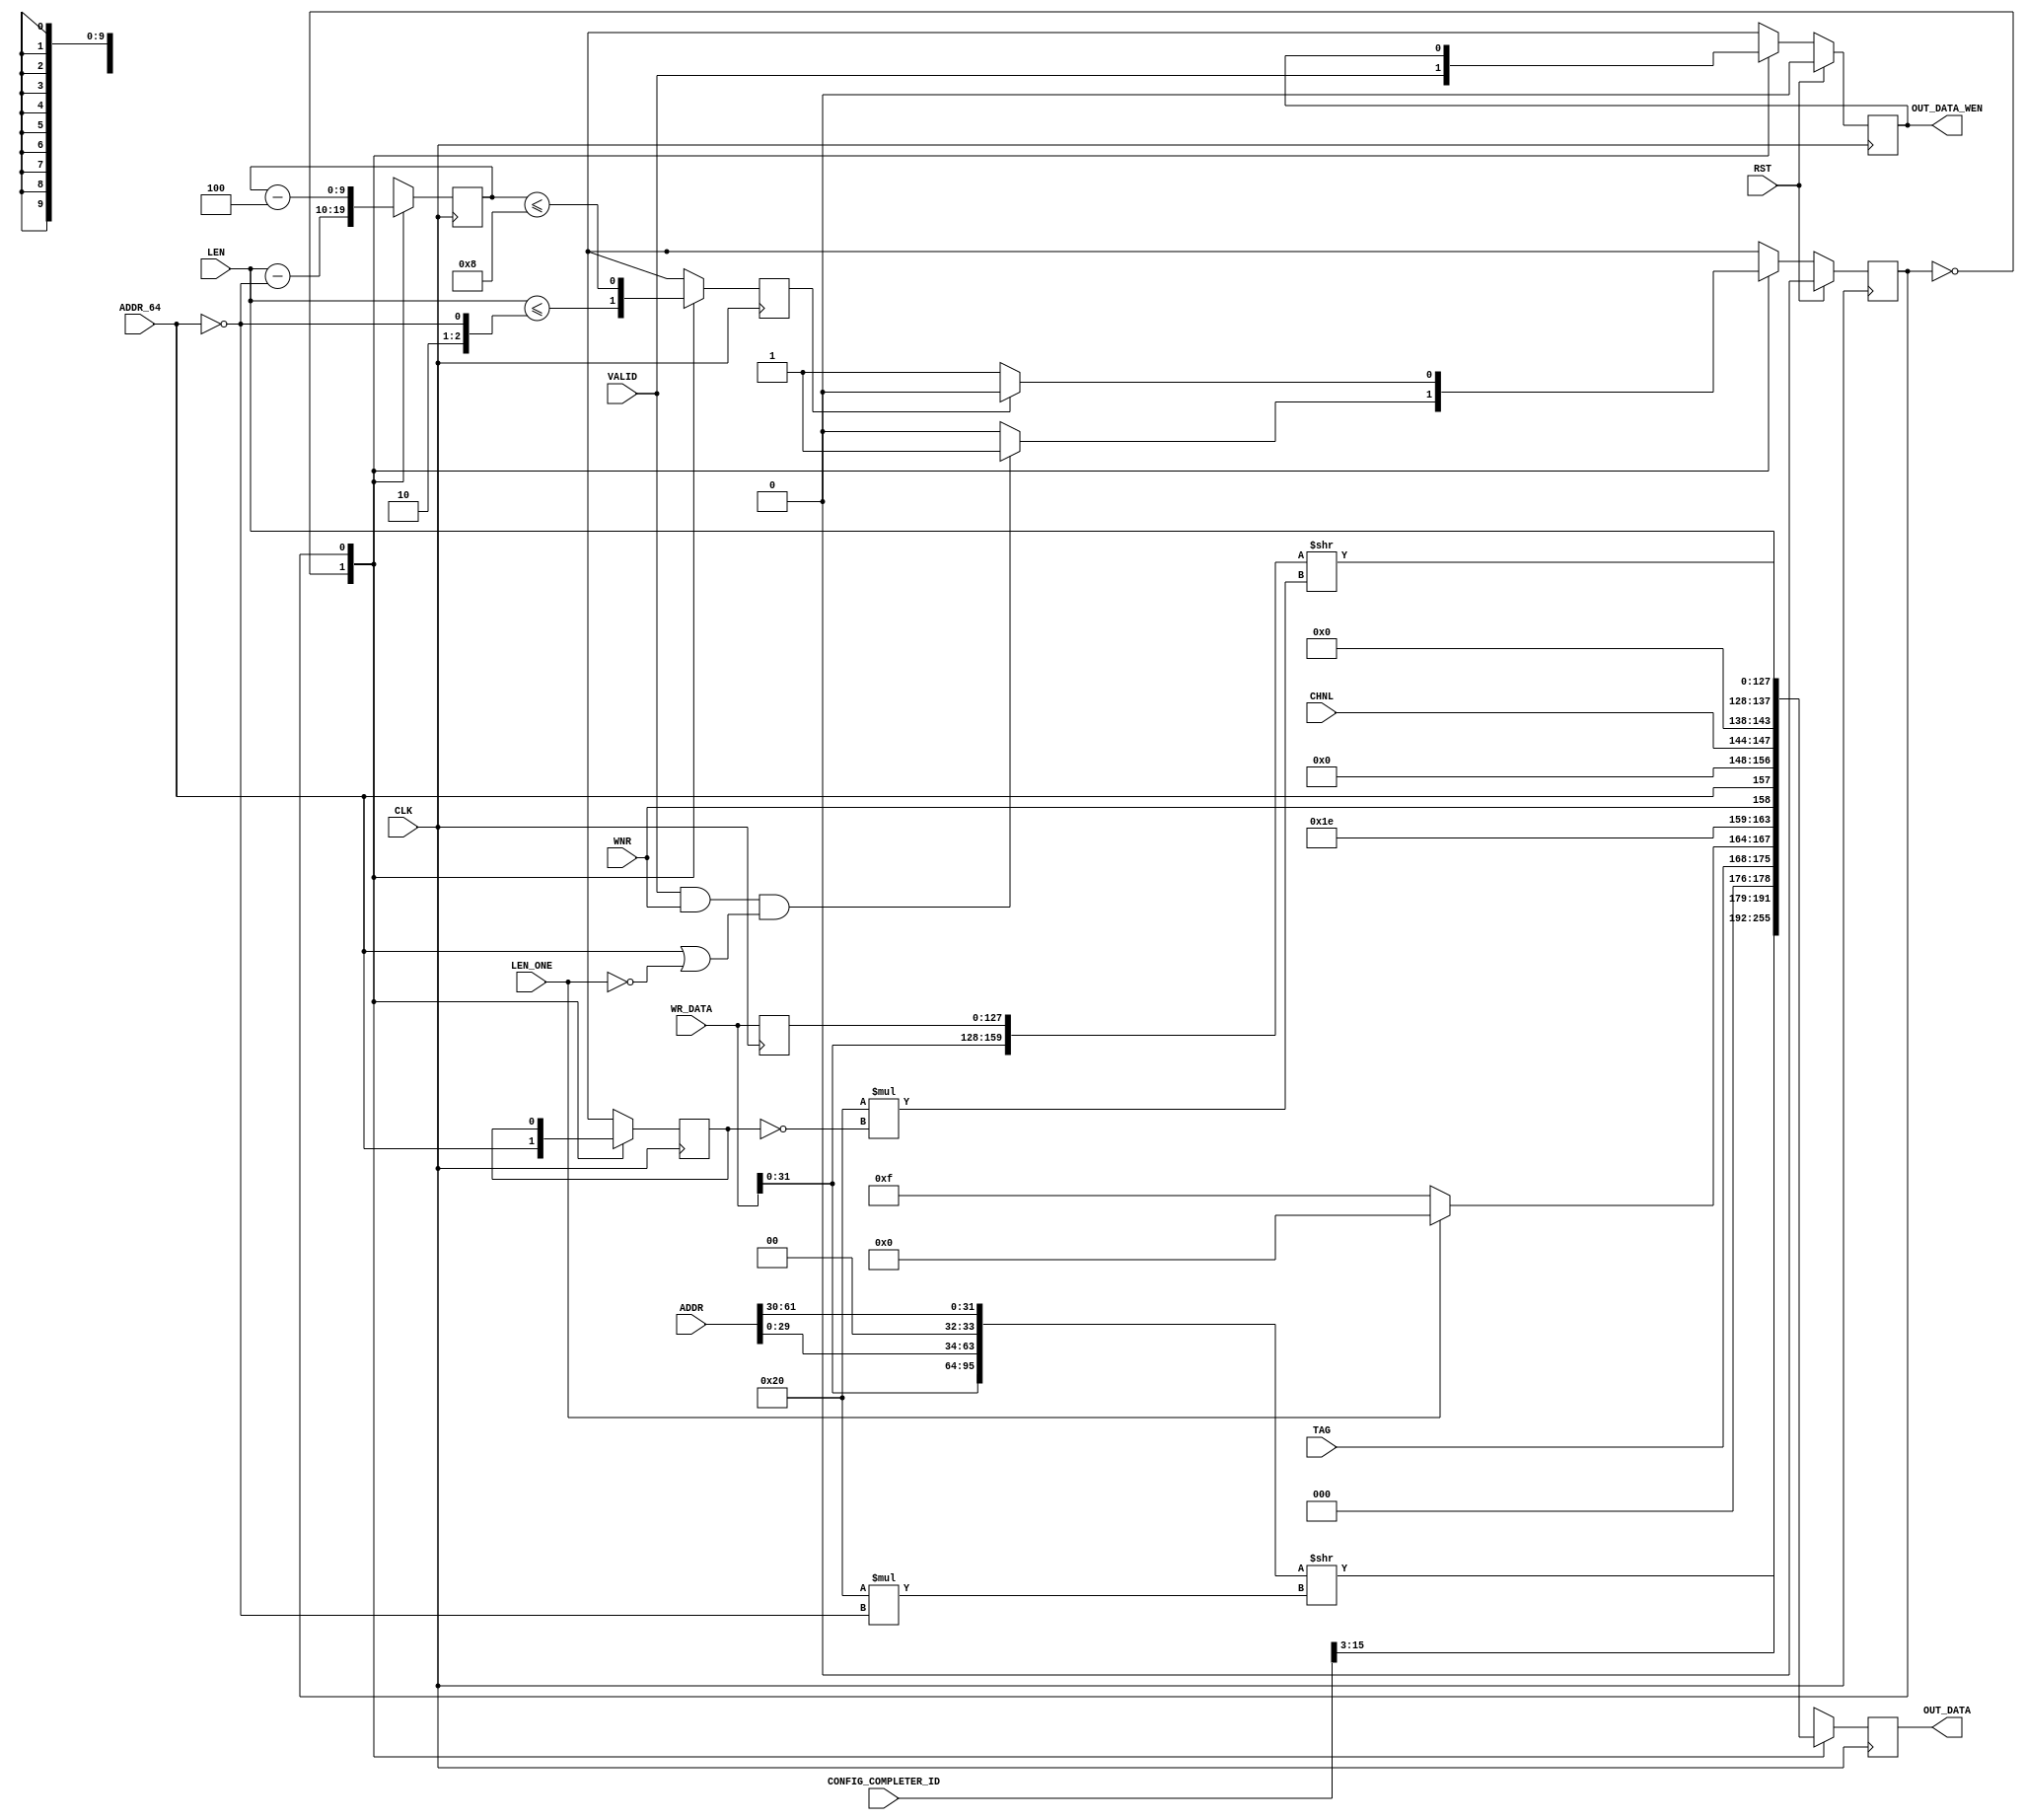
`timescale 1ns/1ns
//----------------------------------------------------------------------------
// This software is Copyright  2012 The Regents of the University of 
// California. All Rights Reserved.
//
// Permission to copy, modify, and distribute this software and its 
// documentation for educational, research and non-profit purposes, without 
// fee, and without a written agreement is hereby granted, provided that the 
// above copyright notice, this paragraph and the following three paragraphs 
// appear in all copies.
//
// Permission to make commercial use of this software may be obtained by 
// contacting:
// Technology Transfer Office
// 9500 Gilman Drive, Mail Code 0910
// University of California
// La Jolla, CA 92093-0910
// (858) 534-5815
// invent@ucsd.edu
// 
// This software program and documentation are copyrighted by The Regents of 
// the University of California. The software program and documentation are 
// supplied "as is", without any accompanying services from The Regents. The 
// Regents does not warrant that the operation of the program will be 
// uninterrupted or error-free. The end-user understands that the program was 
// developed for research purposes and is advised not to rely exclusively on 
// the program for any reason.
// 
// IN NO EVENT SHALL THE UNIVERSITY OF CALIFORNIA BE LIABLE TO
// ANY PARTY FOR DIRECT, INDIRECT, SPECIAL, INCIDENTAL, OR
// CONSEQUENTIAL DAMAGES, INCLUDING LOST PROFITS, ARISING
// OUT OF THE USE OF THIS SOFTWARE AND ITS DOCUMENTATION,
// EVEN IF THE UNIVERSITY OF CALIFORNIA HAS BEEN ADVISED OF
// THE POSSIBILITY OF SUCH DAMAGE. THE UNIVERSITY OF
// CALIFORNIA SPECIFICALLY DISCLAIMS ANY WARRANTIES,
// INCLUDING, BUT NOT LIMITED TO, THE IMPLIED WARRANTIES OF
// MERCHANTABILITY AND FITNESS FOR A PARTICULAR PURPOSE.
// THE SOFTWARE PROVIDED HEREUNDER IS ON AN "AS IS" BASIS, 
// AND THE UNIVERSITY OF CALIFORNIA HAS NO OBLIGATIONS TO
// PROVIDE MAINTENANCE, SUPPORT, UPDATES, ENHANCEMENTS, OR
// MODIFICATIONS.
//----------------------------------------------------------------------------
//----------------------------------------------------------------------------
// Version:				1.00.a
// Verilog Standard:	Verilog-2001
// Description:			Formats read and write request data into PCI packets.
// History:				@mattj: Version 2.0
// Additional Comments: Very good PCIe header reference:
// http://www.pzk-agro.com/0321156307_ch04lev1sec5.html#ch04lev4sec14
//-----------------------------------------------------------------------------
`define FMT_TXENGFMTR128_WR32	7'b10_00000
`define FMT_TXENGFMTR128_RD32	7'b00_00000
`define FMT_TXENGFMTR128_WR64	7'b11_00000
`define FMT_TXENGFMTR128_RD64	7'b01_00000

`define S_TXENGFMTR128_IDLE		1'b0
`define S_TXENGFMTR128_WR		1'b1

module tx_engine_formatter_128 #(
	parameter C_PCI_DATA_WIDTH = 9'd128,
	// Local parameters
	parameter C_TRAFFIC_CLASS = 3'b0,
	parameter C_RELAXED_ORDER = 1'b0,
	parameter C_NO_SNOOP = 1'b0
)
(
	input CLK,
	input RST,
	input [15:0] CONFIG_COMPLETER_ID,

	input VALID,		 					// Are input parameters valid?
	input WNR,		 						// Is a write request, not a read?
	input [7:0] TAG,		 				// External tag
	input [3:0] CHNL,		 				// Internal tag (just channel portion)
	input [61:0] ADDR,		 				// Request address
	input ADDR_64,		 					// Request address is 64 bit
	input [9:0] LEN,		 				// Request length
	input LEN_ONE,		 					// Request length equals 1
	input [C_PCI_DATA_WIDTH-1:0] WR_DATA,	// Request data, timed to arrive accordingly

	output [C_PCI_DATA_WIDTH-1:0] OUT_DATA,	// Formatted PCI packet data
	output OUT_DATA_WEN 					// Write enable for formatted packet data
);

reg									rState=`S_TXENGFMTR128_IDLE, _rState=`S_TXENGFMTR128_IDLE;
reg									rAddr64=0, _rAddr64=0;
reg		[C_PCI_DATA_WIDTH-1:0]		rData={C_PCI_DATA_WIDTH{1'd0}}, _rData={C_PCI_DATA_WIDTH{1'd0}};
reg		[C_PCI_DATA_WIDTH-1:0]		rPrevData={C_PCI_DATA_WIDTH{1'd0}}, _rPrevData={C_PCI_DATA_WIDTH{1'd0}};
reg									rDataWen=0, _rDataWen=0;
reg		[9:0]						rLen=0, _rLen=0;
reg									rDone=0, _rDone=0;


assign OUT_DATA = rData;
assign OUT_DATA_WEN = rDataWen;


// Format read and write requests into PCIe packets.
wire [63:0] wHdrData = ({WR_DATA[31:0], ADDR[29:0], 2'b00, ADDR[61:30]})>>(32*(!ADDR_64));
wire [C_PCI_DATA_WIDTH-1:0] wWrData = ({WR_DATA[31:0], rPrevData})>>(32*(!rAddr64));

always @ (posedge CLK) begin
	rState <= #1 (RST ? `S_TXENGFMTR128_IDLE : _rState);
	rDataWen <= #1 (RST ? 1'd0 : _rDataWen);
	rData <= #1 _rData;
	rLen <= #1 _rLen;
	rAddr64 <= #1 _rAddr64;
	rPrevData <= #1 _rPrevData;
	rDone <= #1 _rDone;
end

always @ (*) begin
	_rState = rState;
	_rLen = rLen;
	_rData = rData;
	_rDataWen = rDataWen;
	_rPrevData = WR_DATA;
	_rAddr64 = rAddr64;
	case (rState) 

	`S_TXENGFMTR128_IDLE : begin // FIFO data should be available now (if it's a write)
		_rLen = LEN - !ADDR_64; // Subtract 1 for 32 bit (HDR has one)
		_rAddr64 = ADDR_64;
		_rData = {wHdrData,														// DW3, DW2
					CONFIG_COMPLETER_ID[15:3], 3'b0, TAG,
					(LEN_ONE ? 4'b0 : 4'b1111), 4'b1111,						// DW1
					1'b0, {WNR, ADDR_64, 5'd0}, 1'b0, C_TRAFFIC_CLASS, CHNL, 1'b0, 1'b0, // Use the reserved 4 bits before traffic class to hide the internal tag 
					C_RELAXED_ORDER, C_NO_SNOOP, 2'b0, LEN};					// DW0
		_rDataWen = VALID;
		_rDone = (LEN <= {1'b1, 1'b0, !ADDR_64});
		_rState = (VALID & WNR & (ADDR_64 | !LEN_ONE) ? `S_TXENGFMTR128_WR : `S_TXENGFMTR128_IDLE);
	end

	`S_TXENGFMTR128_WR : begin
		_rLen = rLen - 3'd4;
		_rDone = (rLen <= 4'd8);
		_rData = wWrData;
		_rState = (rDone ? `S_TXENGFMTR128_IDLE : `S_TXENGFMTR128_WR);
	end

	endcase
end

endmodule